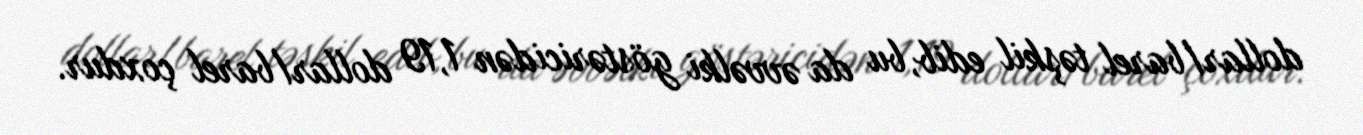
dollar/barel təşkil edib, bu da əvvəlki göstəricidən 1,19 dollar/barel çoxdur.